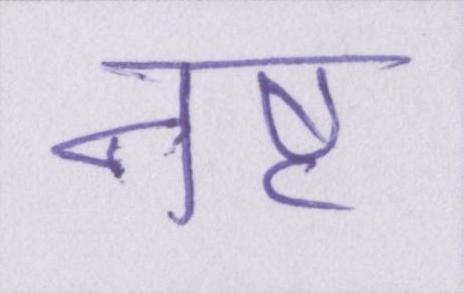
नष्ट